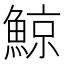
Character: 鯨